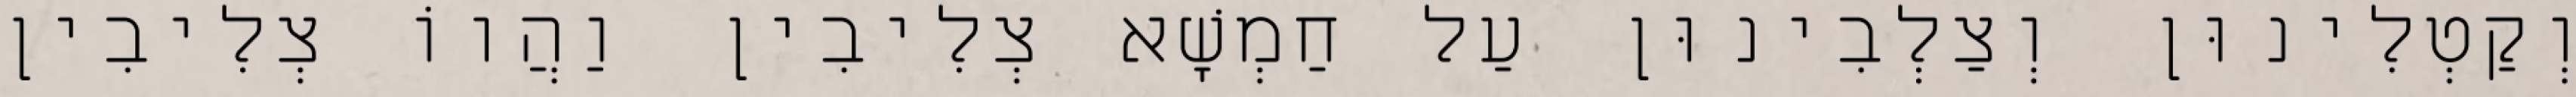
וְקַטְלִינוּן וְצַלְבִינוּן עַל חַמְשָׁא צְלִיבִין וַהֲווֹ צְלִיבִין